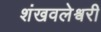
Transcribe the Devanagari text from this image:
शंखवलेश्वरी